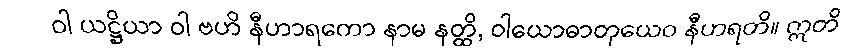
ဝါ ယဋ္ဌိယာ ဝါ ဗဟိ နီဟာရကော နာမ နတ္ထိ, ဝါယောဓာတုယေဝ နီဟရတိ။ ဣတိ